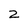
Character: 2